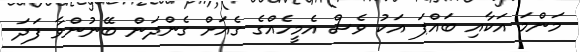
މަންމަ އަކާއި ބައްޕަ އަކު ވެސް އެމީހެއްގެ ގެއަށް ގެންދަން ބޭނުންވާ ފަދަ